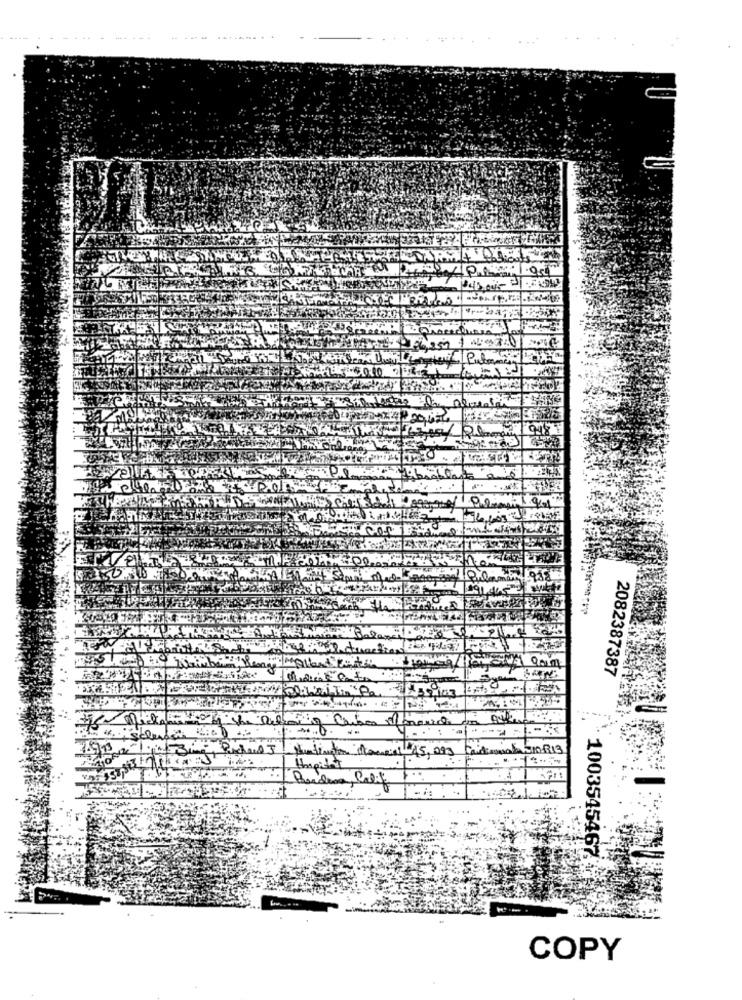
24000
2082387387
39.103
Huntington Manevi 45,093
Hmpit
Bordene, Calif
1003545467
COPY